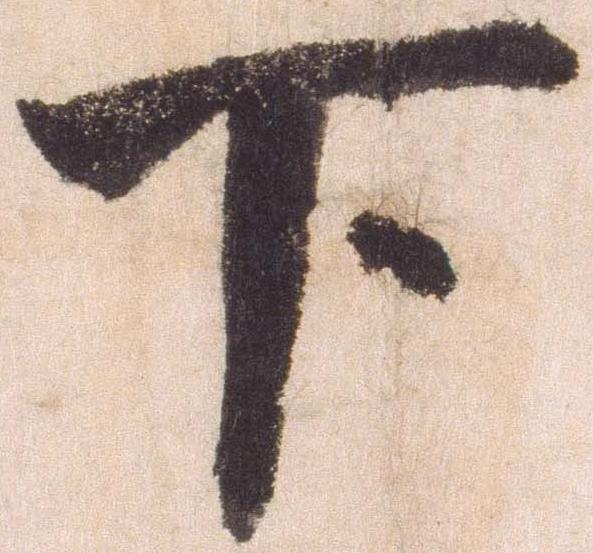
下